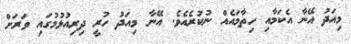
މިއަދު އޭނާ އެކަމާއި ހިތާމައެއް ނުކުރެއެވެ. އޭނާ މިއަދު ހުރީ ދިރިއުޅުމުގައި ވަރަށް